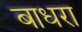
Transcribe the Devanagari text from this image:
बाधरा